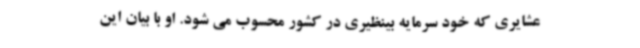
عشایری که خود سرمایه بینظیری در کشور محسوب می شود. او با بیان این